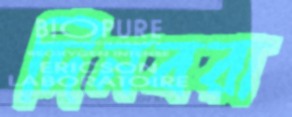
দিনবরা